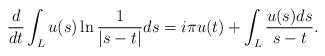
LaTeX: \begin{align*}\frac{d}{dt}\int_Lu(s)\ln\frac{1}{|s - t|}ds = i\pi u(t) +\int_L\frac{u(s)ds}{s - t}. \end{align*}